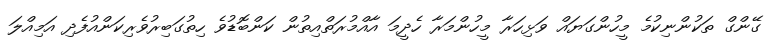
ގޭންގް ތަކުންނިކުމެ މީހުންގަޔައް ވަޅިހަރާ މީހުންމަރާ ހެދީމަ އާއްމުރަތްއިތުން ކަންބޮޑުވެ ހިތުގަބިރުވެރިކަންއުފެދި އަމިއްލަ